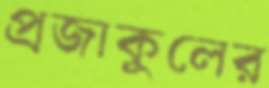
প্রজাকুলের